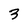
Character: 3